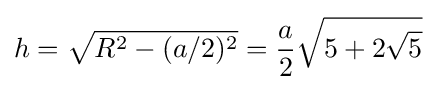
h={\sqrt {R^{2}-(a/2)^{2}}}={\frac {a}{2}}{\sqrt {5+2{\sqrt {5}}}}\;